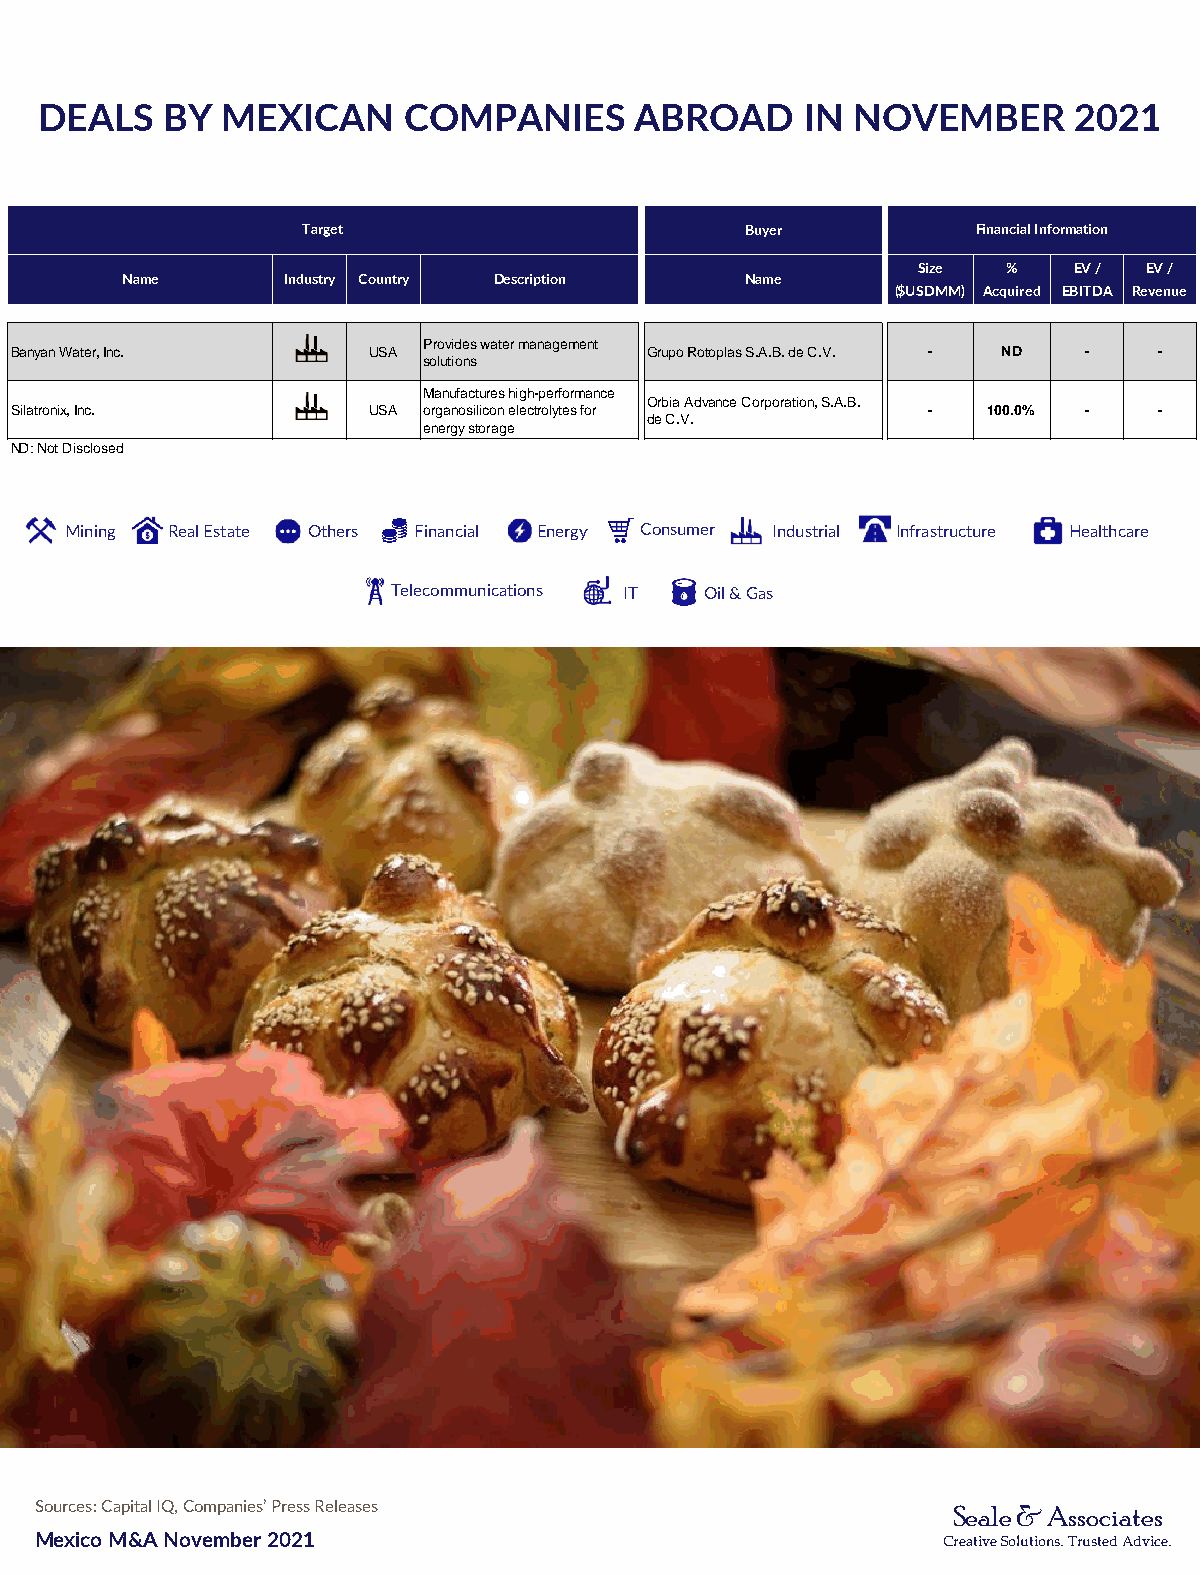
DEALS   BY  MEXICAN     COMPANIES      ABROAD     IN NOVEMBER       2021
 Mining Real Estate Others Financial Energy Consumer Industrial Infrastructure Healthcare
 Telecommunications IT Oil & Gas
 Sources: Capital IQ, Companies’ Press Releases               Seale & Associates
 Mexico M&A November 2021                                    Creative Solutions. Trusted Advice.
 B
 S
 N
 N
 a n ya n W a te r, In c .
 ila tro n ix, In c .
 D : N o t D is c lo s e d
 a m e     In
 T
 d u
 a rg e
 stry
 t
 C o
 U
 U
 u n try
 S A
 S A
 Ps
 Moe
 D e sc rip tio n
 ro vid e s w a te r m a n a g e m e n t
 o lu tio n s
 a n u fa c tu re s h ig h -p e rfo rm a n crg
 a n o s ilic o n e le c tro lyte s fo r
 n e rg y s to ra g e
 e
 G
 Od
 ru p o R o to
 rb ia A d vae
 C .V .
 B u y e r
 N a m e
 p la s S .A .B . d e C .V
 n c e C o rp o ra tio n , S
 .
 .A .B .
 ($ U
 S
 S
 ize
 D M
 -
 -
 M )
 F in a n c ia l In
 %
 A c q u ire d
 N D
 1 0 0 .0 %
 fo rm a tio n
 E V /
 E B IT D A
 -
 -
 R
 E V /
 e v e n u
 -
 -
 e